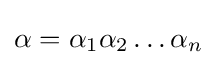
\alpha =\alpha _{1}\alpha _{2}\dots \alpha _{n}